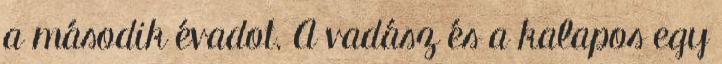
a második évadot. A vadász és a kalapos egy